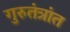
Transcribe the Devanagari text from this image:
गुरुतंत्रांत